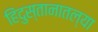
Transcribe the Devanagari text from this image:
हिंदुस्तानातल्या